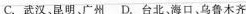
C.武汉、昆明广州 D.台北，海口、乌鲁木齐